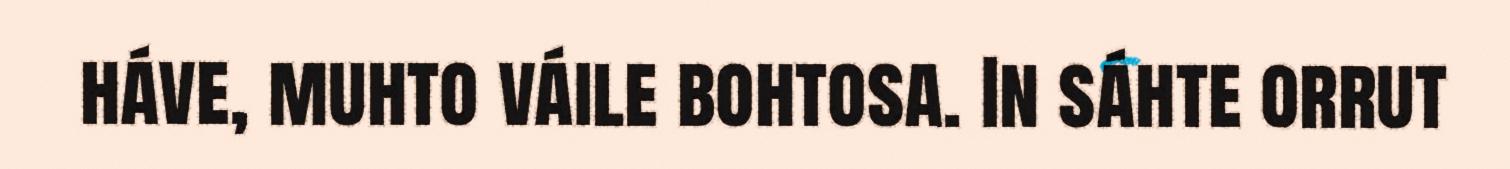
háve, muhto váile bohtosa. In sáhte orrut